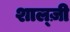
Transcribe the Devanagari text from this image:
शाल्ज़ी